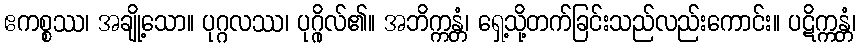
ဧကစ္စဿ၊ အချို့သော။ ပုဂ္ဂလဿ၊ ပုဂ္ဂိုလ်၏။ အဘိက္ကန္တံ၊ ရှေ့သို့တက်ခြင်းသည်လည်းကောင်း။ ပဋိက္ကန္တံ၊